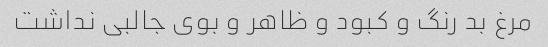
مرغ بد رنگ و کبود و ظاهر و بوی جالبی نداشت